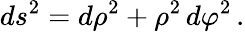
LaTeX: ds^{2}=d\rho^{2}+\rho^{2}\, d\varphi^{2}\, .